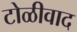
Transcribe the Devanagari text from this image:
टोळीवाद